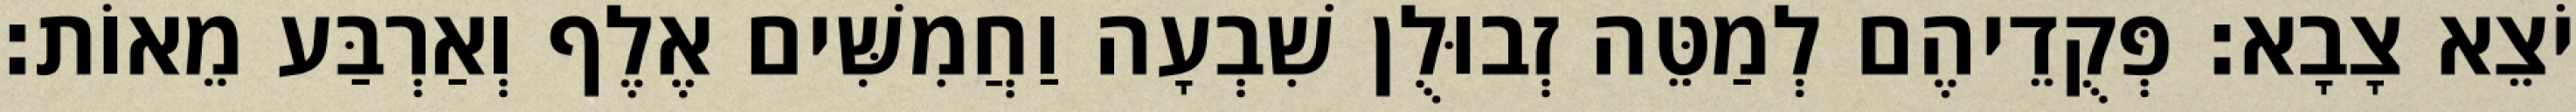
יֹצֵא צָבָא׃ פְּקֻדֵיהֶם לְמַטֵּה זְבוּלֻן שִׁבְעָה וַחֲמִשִּׁים אֶלֶף וְאַרְבַּע מֵאוֹת׃